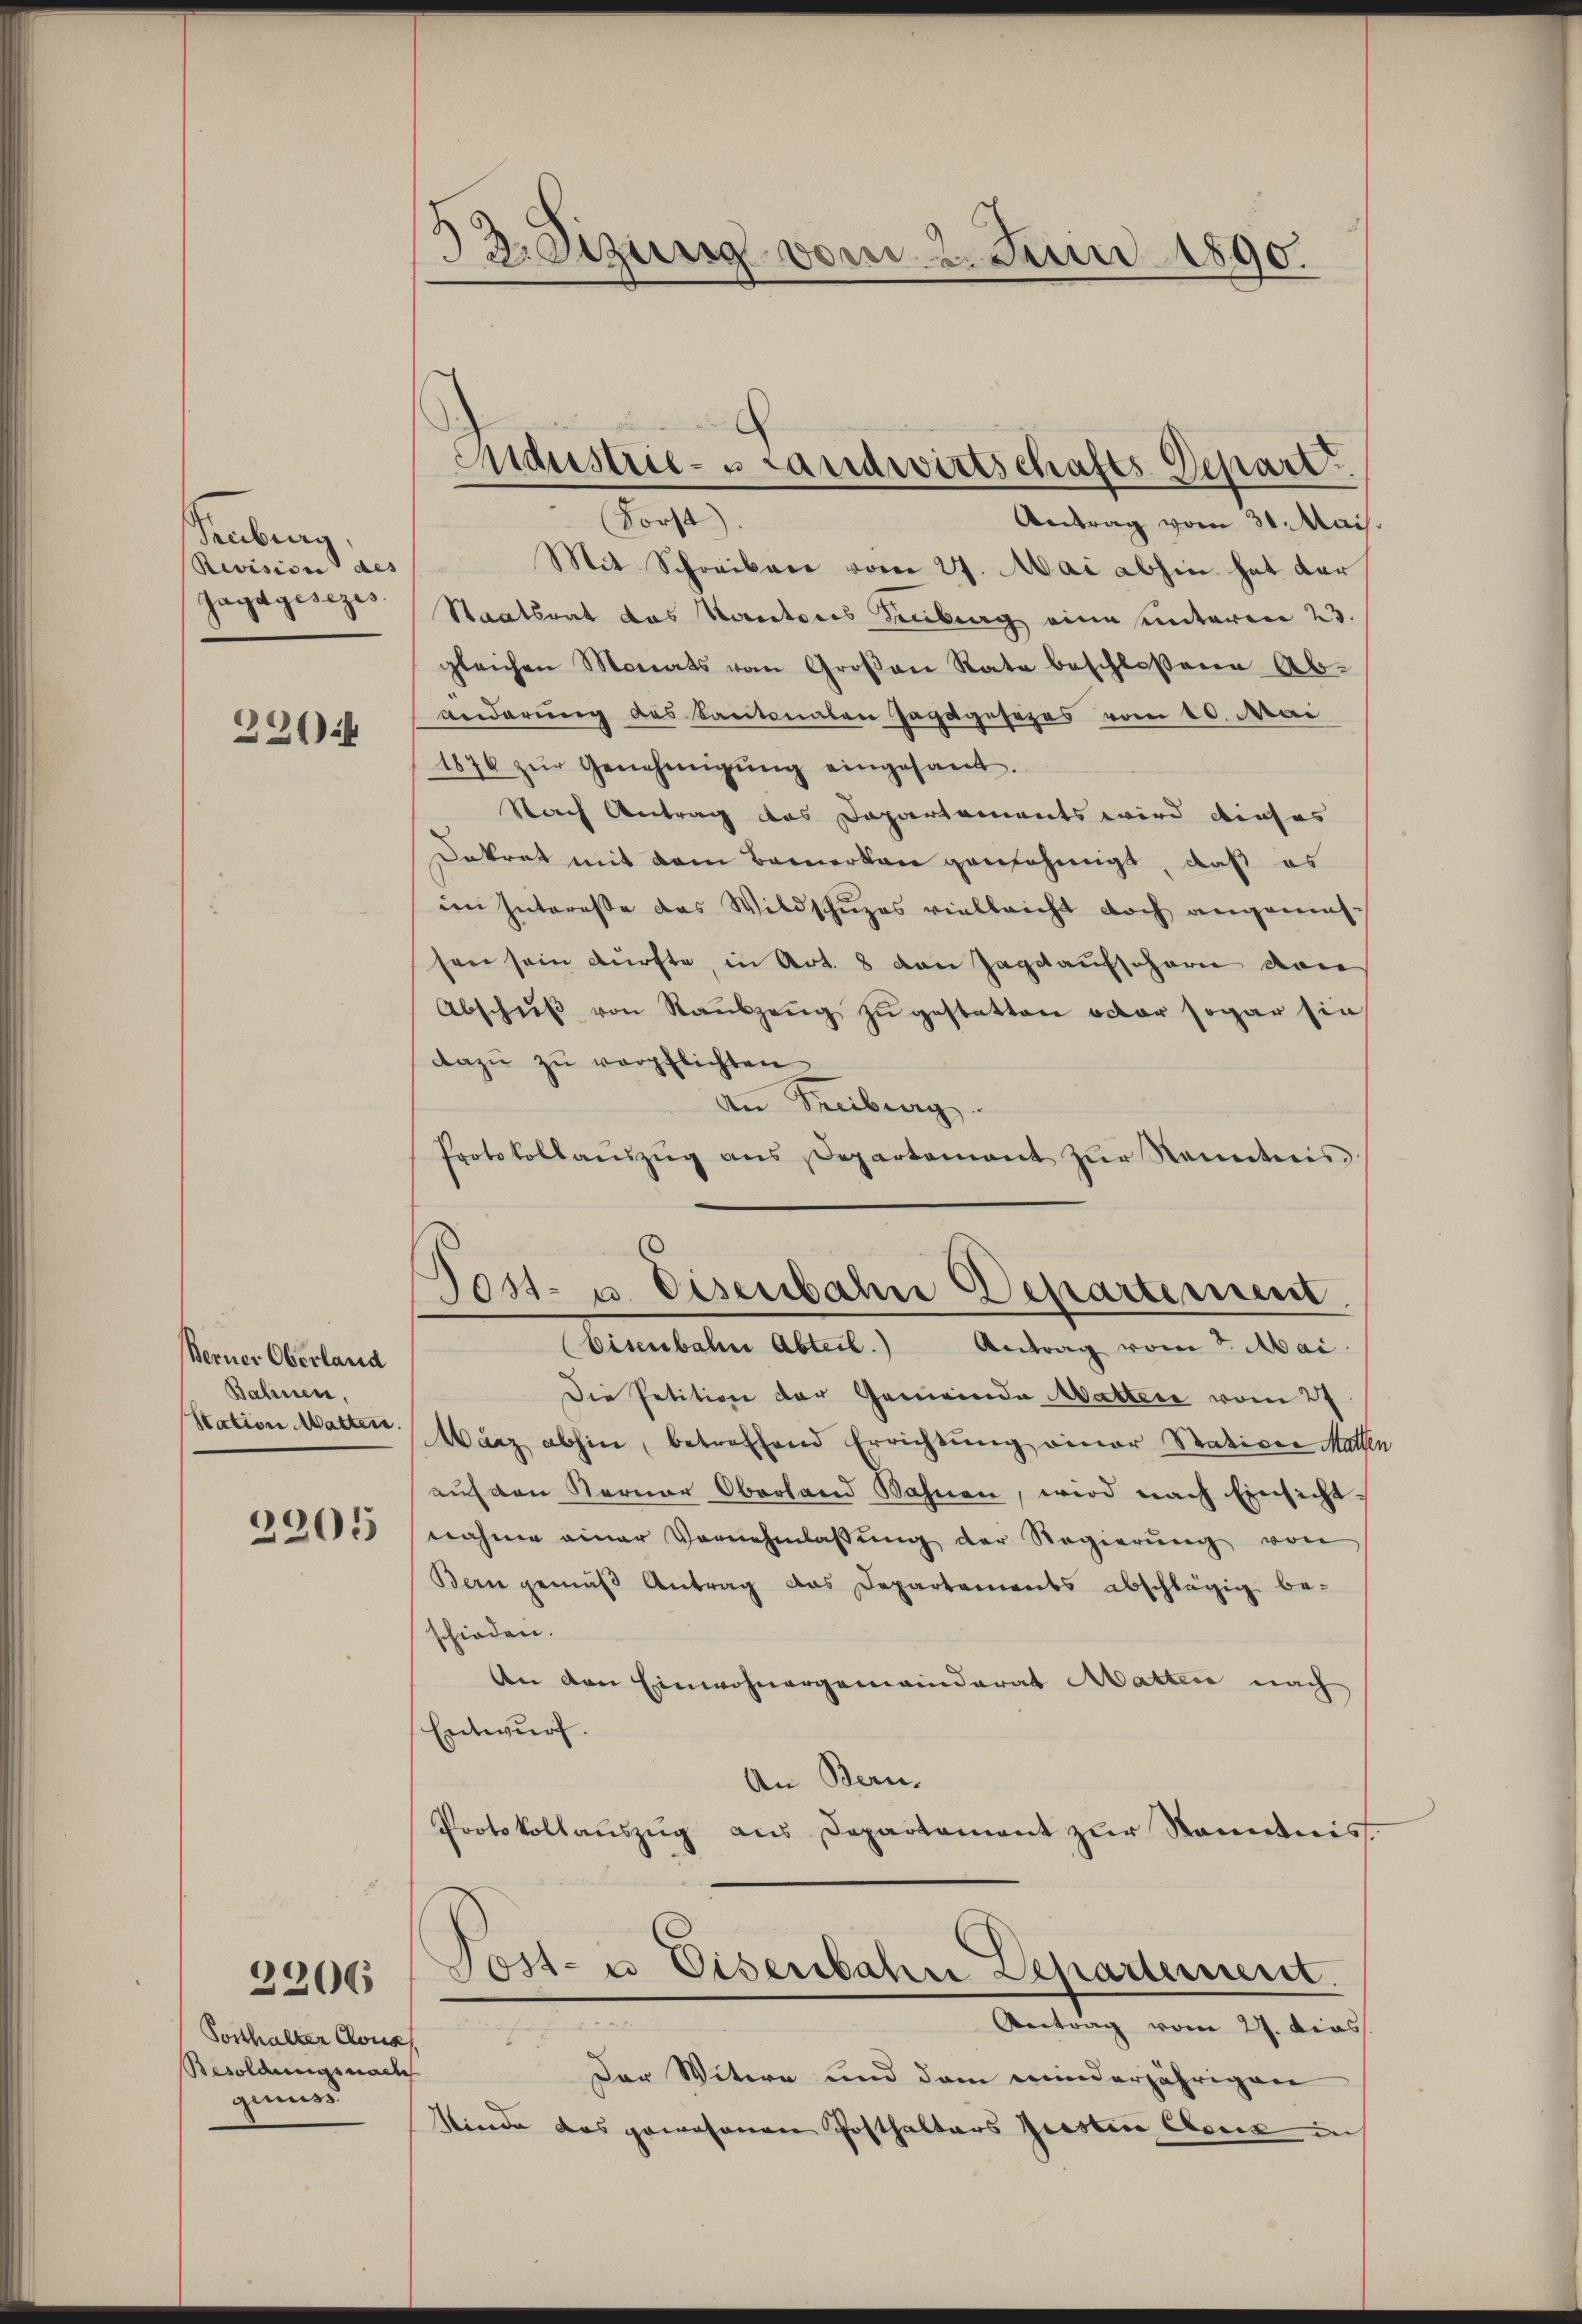
Saubung,
Revision des
Jagdgesezes

220

Berner Oberland
Bahnen,
Station Matter.
2205

Sosthalter Cons
Besoldungsnach
genuss

2206

d
3: Sizung vom 2. Juni 1890.

Industrie-s Landwirtschafts-Depart
Forst

Antrag vom 31. Mais.
Mit Schreiben vom 27. Mai abhin hat dar
Staatsrat das Verritores Senburg eine unteren 23.
gleichen Monats vom Großen Rate beschloßene Ab-
änderung des Kantonalen Jagdgesezes vom 10. Mai
1876 zŭr Genehmigŭng eingesant.
Nach Antrag des Dapartements wird dieses
Dekret mit dem Bemerken genehmigt, daß es
im Intereße das Wildschuzes vielleicht doch angemessen sein dürfte, in Art. 8 von Tagsaufschern von
Abschŭβ von Raŭbzeŭg zŭ gestatten oder sogar sie
dazŭ zŭ verpflichten
An Freiburg.
Protokollaŭszŭg ans Departement zŭr Neuerteis
¬
Tost- u. Eisenbahne Departement
Eisenbahn Abteil.) Antrag vom 7. Mai.
Die Petition der Gemeinde Matter vom 27.
Warz abhin, betreffend Errichtung einer Stativen Mathen
aŭf den Kerner Oberland Bahnen, wird nach Einsicht.
nahme einer Vornehmlassŭng der Regierŭng von
Bern gemäß Antrag das Departements abschlägig be-
schieden.
An den Einwohnergemeinderat Matten nach
Entwurf.
An Bern.
Protokollauszug aus Departement zur Kenntnis.
Post- u Eisenbahne Departement.
A
Antrag vom 27. Dies
Der Witere und dem winderjährigen
Minde das gewohnen Posthalters Geistice Cour auch